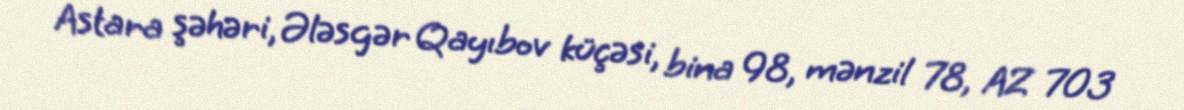
Astara şəhəri, Ələsgər Qayıbov küçəsi, bina 98, mənzil 78, AZ 703